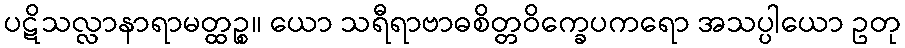
ပဋိသလ္လာနာရာမတ္ထဉ္စ။ ယော သရီရာဗာဓစိတ္တဝိက္ခေပကရော အသပ္ပါယော ဥတု